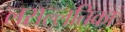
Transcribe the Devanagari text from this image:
लसल्लतिका